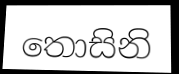
තොසිනි